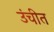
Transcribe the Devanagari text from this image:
उंचीत